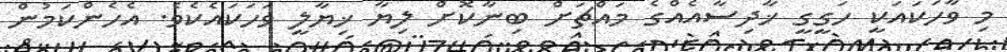
މި ވާހަކައަކީ ހަގީގީ ޚާދިސާއެއްގެ މައްޗަށް ބިނާކޮށް ލިޔާ ޚިޔާލީ ވަހަކައެކެވެ. އެހެންކަމުން